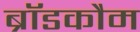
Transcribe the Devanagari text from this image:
ब्रॉडकौम